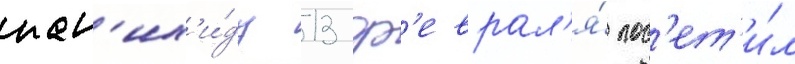
пан'их'и́ду 13 ф'еврал'я́ пос'ет'и́л